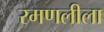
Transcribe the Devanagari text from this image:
रमणलीला